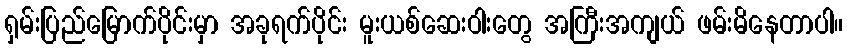
ရှမ်းပြည်မြောက်ပိုင်းမှာ အခုရက်ပိုင်း မူးယစ်ဆေးဝါးတွေ အကြီးအကျယ် ဖမ်းမိနေတာပါ။